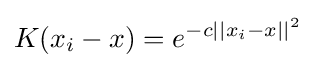
K(x_{i}-x)=e^{-c||x_{i}-x||^{2}}